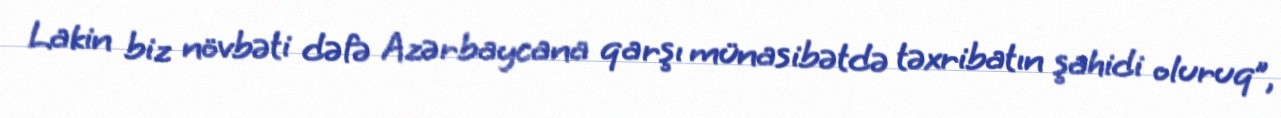
Lakin biz növbəti dəfə Azərbaycana qarşı münasibətdə təxribatın şahidi oluruq”,